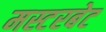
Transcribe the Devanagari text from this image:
मस्टरबेट